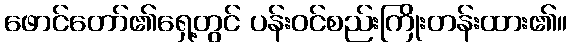
ဖောင်တော်၏ရှေ့တွင် ပန်းဝင်စည်းကြိုးတန်းထား၏။